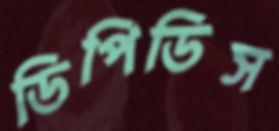
ডিপিডিস